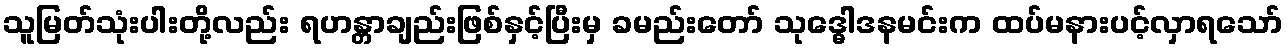
သူမြတ်သုံးပါးတို့လည်း ရဟန္တာချည်းဖြစ်နှင့်ပြီးမှ ခမည်းတော် သုဒ္ဓေါဒနမင်းက ထပ်မနားပင့်လှာရသော်